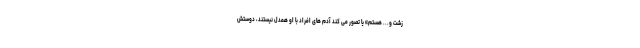
زشت و... هستم» یا تصور می کند آدم های افراد با او همدل نیستند، دوستش